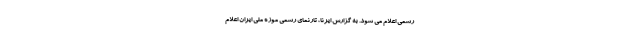
رسمی اعلام می شود. به گزارش ایرنا، تارنمای رسمی موزه ملی ایران اعلام